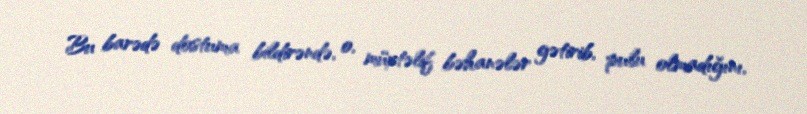
Bu barədə dostuma bildirəndə, o, müxtəlif bəhanələr gətirib, pulu olmadığını,